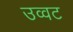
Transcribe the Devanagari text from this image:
उव्‍वट